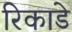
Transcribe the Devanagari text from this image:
रिकाडे